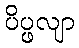
ပိပ္ဖလျာ